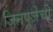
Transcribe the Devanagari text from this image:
जिनपूजेची